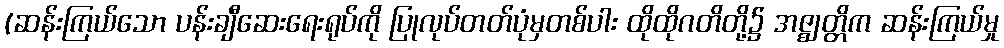
(ဆန်းကြယ်သော ပန်းချီဆေးရေးရုပ်ကို ပြုလုပ်တတ်ပုံမှတစ်ပါး ထိုထိုဂတိတို့၌ အဇ္ဈတ္တိက ဆန်းကြယ်မှု